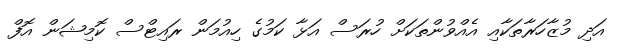
އަދި މުޒާހަރާތަކާއި އެއްވުންތަކަށް ހުރަސް އަޅާ ކަމުގެ ހިއުމަން ރައިޓްސް ކޮމިޝަން އޮފް